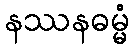
နဿနဓမ္မံ